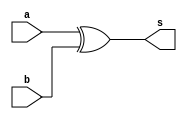
// ---------------------
// Guia 01_04- XOR
// Nome:Henrique Carvalho Parreira
// ---------------------

// ---------------------
// -- xor gate
// ---------------------

module xorgate (s, a, b);
 output s;
 input  a, b;

 assign s = a ^ b;

endmodule // xorgate


// --------------------------
// -- test xorgate
// --------------------------

module testxorgate;
 reg   a, b;             
 wire  s;
          // instancia
 xorgate XOR1 (s, a, b);

          // parte principal
 initial begin:main
      $display("Guia 01_04(Extra) - Henrique Carvalho Parreira - 347133");
      $display("Test XOR gate");
      $display("\na ^ b = s\n");
      a=0; b=0;
  #1  $display("%b ^ %b = %b", a, b, s);
      a=0; b=1;
  #1  $display("%b ^ %b = %b", a, b, s);
      a=1; b=0; 
  #1  $display("%b ^ %b = %b", a, b, s);
      a=1; b=1; 
  #1  $display("%b ^ %b = %b", a, b, s);
    
 end

endmodule // testxorgate